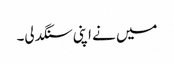
میں نے اپنی سنگدلی۔